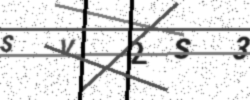
Text: SV2S3